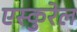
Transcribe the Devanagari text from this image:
एस्कुरेल